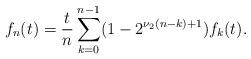
LaTeX: \begin{align*}f_{n}(t)=\frac{t}{n}\sum_{k=0}^{n-1}(1-2^{\nu_{2}(n-k)+1})f_{k}(t).\end{align*}